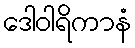
ဒေါဝါရိကာနံ